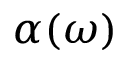
\alpha ( \omega )